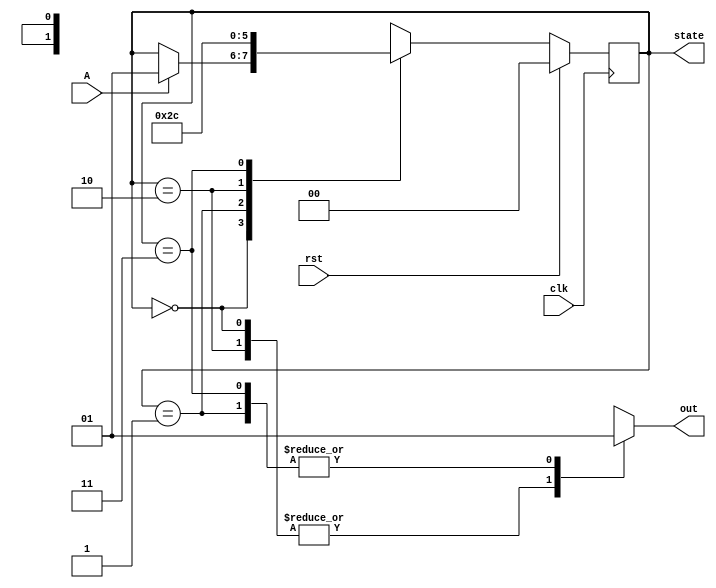
module moore_fsm (
    input wire clk,           // Clock input
    input wire rst,           // Synchronous reset input
    input wire A,            // Input signal for state transitions
    output reg [1:0] state,  // Current state output (2 bits for 4 states)
    output reg out           // Output signal based on state
);

// State encoding
localparam IDLE    = 2'b00; // State 0
localparam STATE1  = 2'b01; // State 1
localparam STATE2  = 2'b10; // State 2
localparam STATE3  = 2'b11; // State 3

// Next state logic
reg [1:0] next_state;

// Sequential logic for state transitions
always @(posedge clk) begin
    if (rst) begin
        state <= IDLE; // Reset to IDLE state
    end else begin
        state <= next_state; // Update current state
    end
end

// Combinational logic for determining next state and output
always @(*) begin
    // Default values
    next_state = state;
    out = 1'b0; // Default output

    case (state)
        IDLE: begin
            if (A) begin
                next_state = STATE1; // Transition to STATE1 if A is high
            end
            out = 1'b0; // Output for IDLE
        end
        STATE1: begin
            next_state = STATE2; // Transition to STATE2
            out = 1'b1; // Output for STATE1
        end
        STATE2: begin
            next_state = STATE3; // Transition to STATE3
            out = 1'b0; // Output for STATE2
        end
        STATE3: begin
            next_state = IDLE; // Transition back to IDLE
            out = 1'b1; // Output for STATE3
        end
        default: begin
            next_state = IDLE; // Default to IDLE state
            out = 1'b0; // Default output
        end
    endcase
end

endmodule